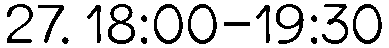
27. 18:00-19:30